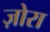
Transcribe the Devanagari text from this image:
ज़ोरा